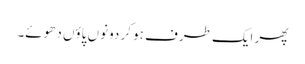
پھر ایک طرف ہو کر دونوں پاؤں دھوئے۔